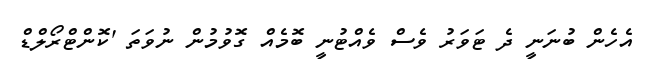
އެހެން ބުނަނީ ދެ ޓަވަރު ވެސް ވެއްޓުނީ ބޮމެއް ގޮވުމުން ނުވަތަ 'ކޮންޓްރޯލްޑް